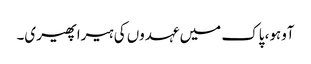
آوہو، پاک میں عہدوں کی ہیرا پھیری۔